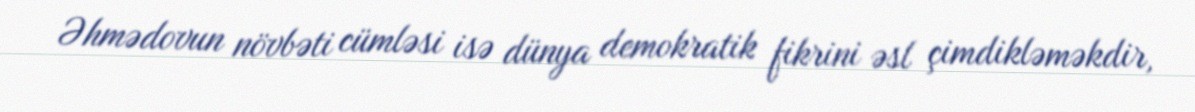
Əhmədovun növbəti cümləsi isə dünya demokratik fikrini əsl çimdikləməkdir,